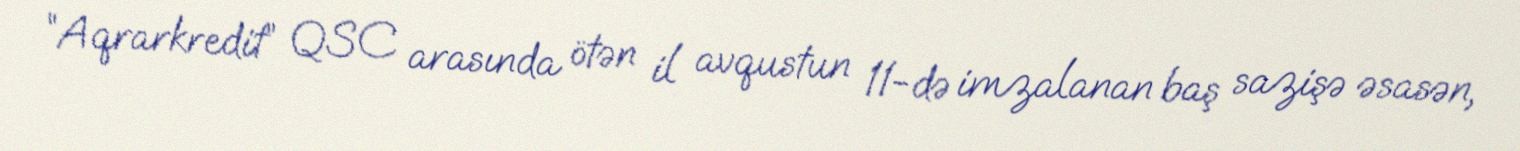
“Aqrarkredit” QSC arasında ötən il avqustun 11-də imzalanan baş sazişə əsasən,